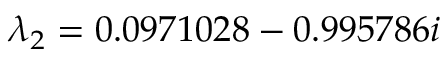
\lambda _ { 2 } = 0 . 0 9 7 1 0 2 8 - 0 . 9 9 5 7 8 6 i